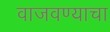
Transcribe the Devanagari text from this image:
वाजवण्याचा